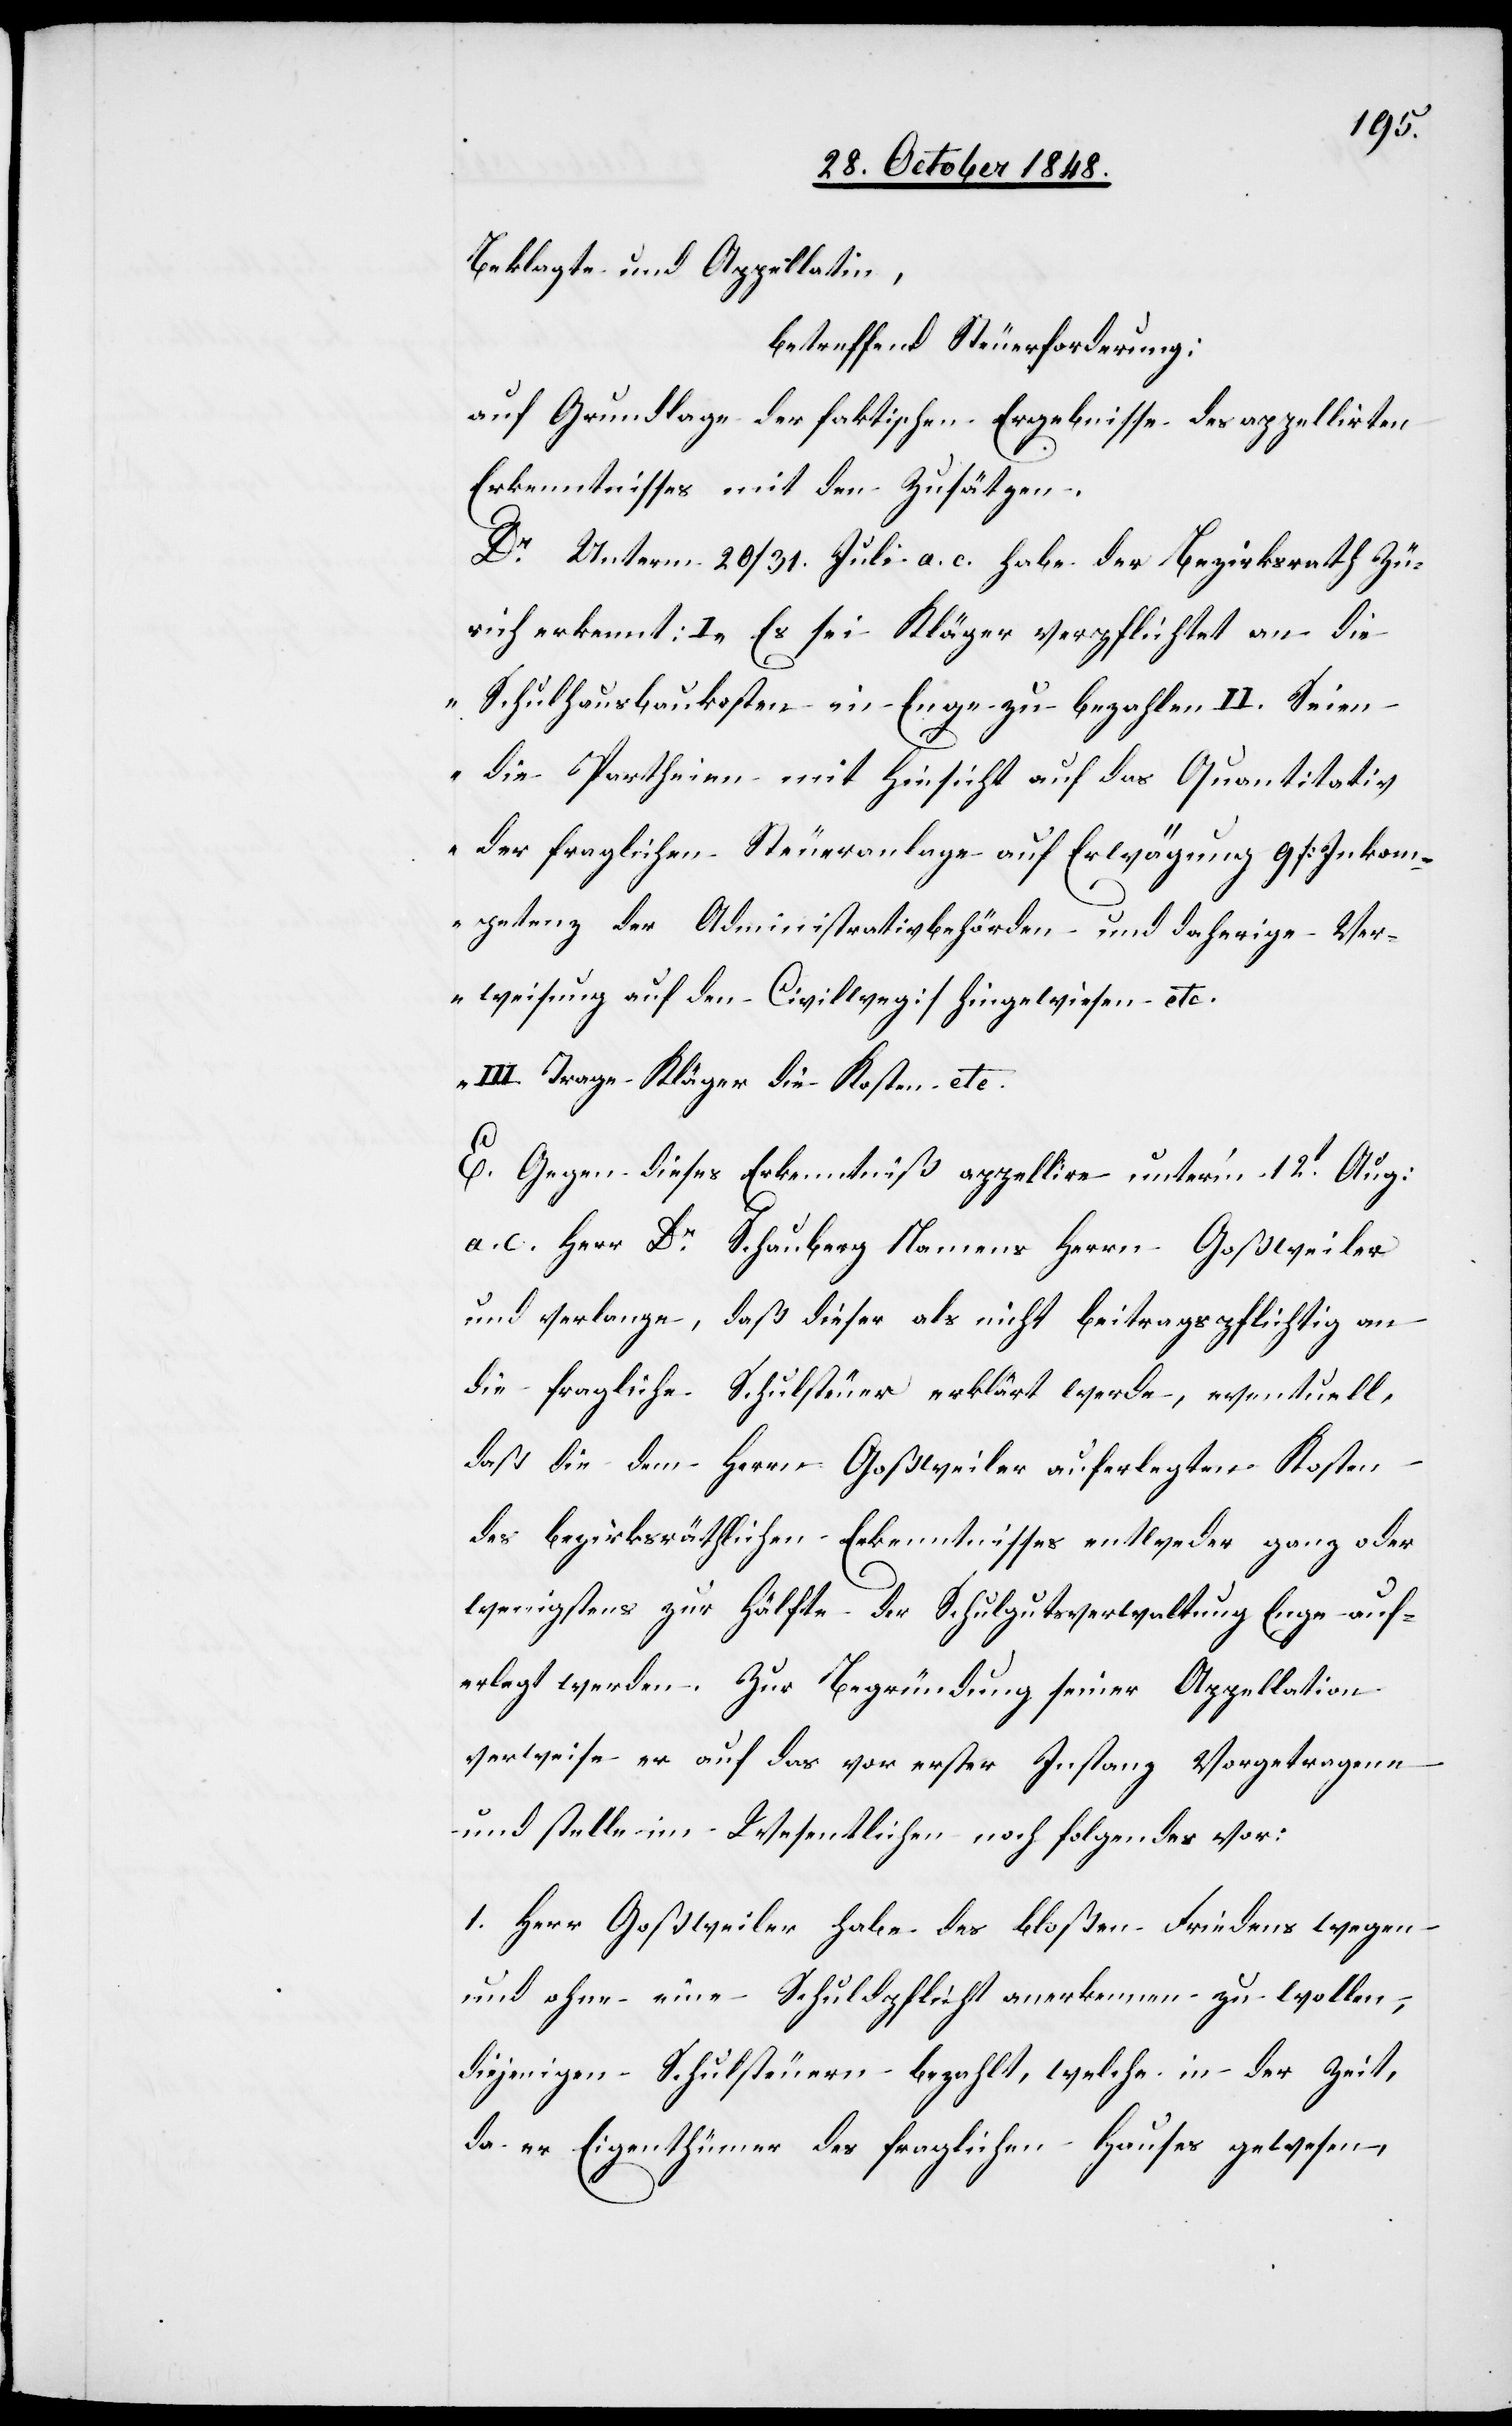
Beklagte und Appellatin,
betreffend Steuerforderung:
auf Grundlage der faktischen Ergebnisse des appellirten
Erkenntnisses mit den Zusätzen.
Unterm 20-31. Juli a. c. habe der Bezirksrath Zü¬
rich erkennt: I „Es sei Kläger verpflichtet an die
Schulhausbaukosten in Enge zu bezahlen II. Seien
die Partheien mit Hinsicht auf das Quantitativ
der fraglichen Steueranlage auf Erwägung 9. [Inkom¬
petenz der Administrativbehörden und daherige Ver¬
weisung auf den Civilweg] hingewiesen etc.
III. Trage Kläger die Kosten
E. Gegen dieses Erkenntniß appellire unter’m 12t Aug:
a. c. Herr Dr Schauberg Namens Herrn Goßweiler
und verlange, daß dieser als nicht beitragspflichtig an
die fragliche Schulsteuer erklärt werde, eventuell,
daß die dem Herrn Goßweiler auferlegten Kosten
des bezirksräthlichen Erkenntnisses entweder ganz oder
wenigstens zur Hälfte der Schulgutsverwaltung Enge auf¬
erlegt werden. Zur Begründung seiner Appellation
verweise er auf das vor erster Instanz Vorgetragene
und stelle im Wesentlichen noch folgendes vor:
1. Herr Goßweiler habe des bloßen Friedens wegen
und ohne eine Schuldpflicht anerkennen zu wollen,
diejenigen Schulsteuern bezahlt, welche in der Zeit,
da er Eigenthümer des fraglichen Hauses gewesen,